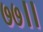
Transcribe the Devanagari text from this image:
७७।।